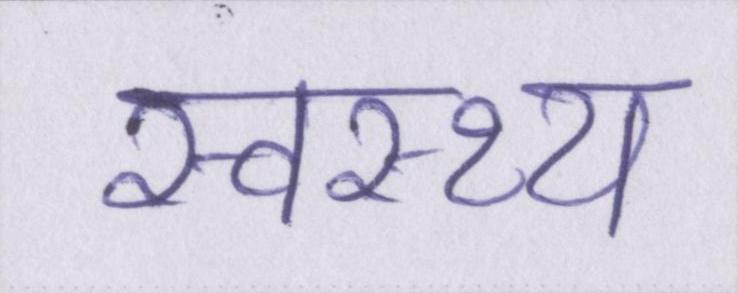
स्वस्थ्य